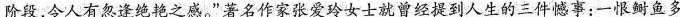
阶段，令人有忽逢绝艳之感。”著名作家张爱玲女士就曾经提到人生的三件憾事：一恨鲥鱼多